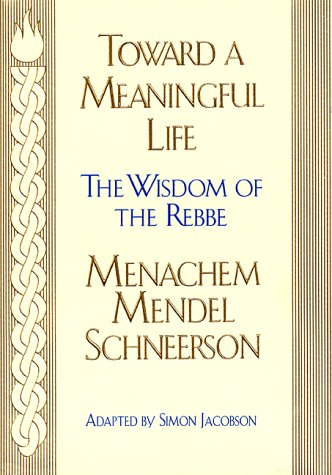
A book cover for Toward Meaningful Life: The Wisdom of the Rebbe; Menahem Mendel Schneersohn; Religion & Spirituality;